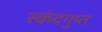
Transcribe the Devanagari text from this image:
स्‍कंदगुप्त